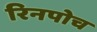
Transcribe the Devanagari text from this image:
रिनपोच